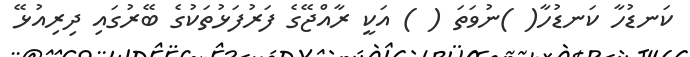
ކަނޑުހާ ކަނޑުހާ( )ނުވަތަ ( ) އަކީ ރާއްޖޭގެ ފަރުފަޅުތަކުގެ ބޭރުގައި ދިރިއުޅޭ